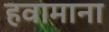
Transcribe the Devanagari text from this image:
हवामाना